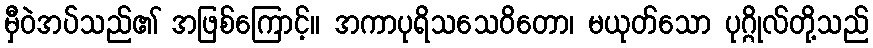
မှီဝဲအပ်သည်၏ အဖြစ်ကြောင့်။ အကာပုရိသသေဝိတော၊ မယုတ်သော ပုဂ္ဂိုလ်တို့သည်